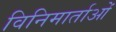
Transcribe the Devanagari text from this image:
विनिमार्ताओं